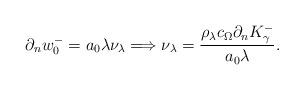
LaTeX: \begin{align*}\partial_n w^-_0=a_0\lambda\nu_\lambda\Longrightarrow \nu_\lambda=\frac{\rho_\lambda c_\Omega \partial_n K_\gamma^-}{a_0\lambda}. \end{align*}